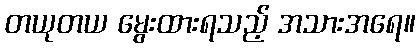
တယုတယ မွေးထားရသည့် အသားအရေ။